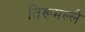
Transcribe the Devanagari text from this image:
तिरूमल्लै